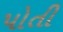
પોતી